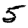
Digit: 5